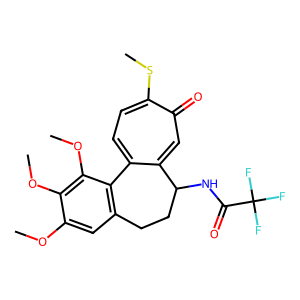
SMILES: COc1cc2c(c(OC)c1OC)-c1ccc(SC)c(=O)cc1C(NC(=O)C(F)(F)F)CC2
Inhibits HIV replication: No